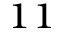
_ { 1 1 }